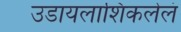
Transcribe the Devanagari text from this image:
उडायलाशिकलेलं